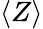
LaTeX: \left<Z\right>